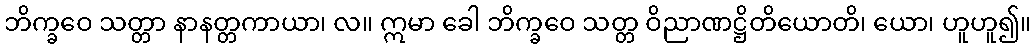
ဘိက္ခဝေ သတ္တာ နာနတ္တကာယာ၊ လ။ ဣမာ ခေါ ဘိက္ခဝေ သတ္တ ဝိညာဏဋ္ဌိတိယောတိ၊ ယော၊ ဟူဟူ၍။